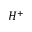
H ^ { + }